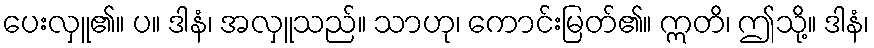
ပေးလှူ၏။ ပ။ ဒါနံ၊ အလှူသည်။ သာဟု၊ ကောင်းမြတ်၏။ ဣတိ၊ ဤသို့။ ဒါနံ၊